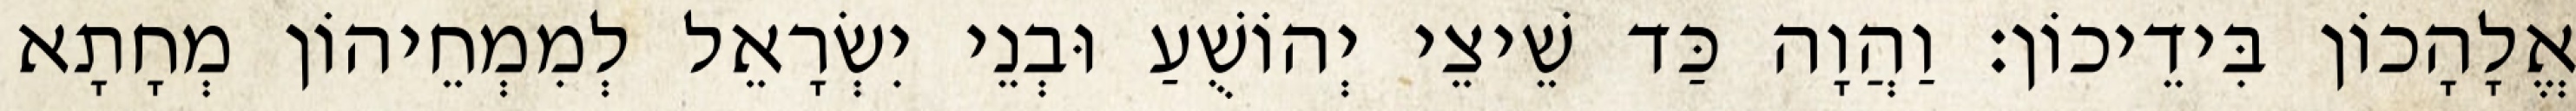
אֱלָהָכוֹן בִּידֵיכוֹן׃ וַהֲוָה כַּד שֵׁיצֵי יְהוֹשֻׁעַ וּבְנֵי יִשְׂרָאֵל לְמִמְחֵיהוֹן מְחָתָא